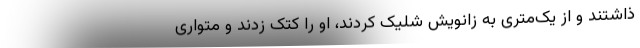
ذاشتند و از یک‌متری به زانویش شلیک کردند، او را کتک زدند و متواری